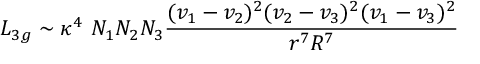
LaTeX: L _ { 3 g } \sim \kappa ^ { 4 } ~ N _ { 1 } N _ { 2 } N _ { 3 } { \frac { ( v _ { 1 } - v _ { 2 } ) ^ { 2 } ( v _ { 2 } - v _ { 3 } ) ^ { 2 } ( v _ { 1 } - v _ { 3 } ) ^ { 2 } } { r ^ { 7 } R ^ { 7 } } }